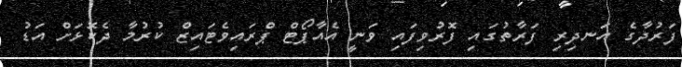
ފަރުދާގެ އަނދިރި ފަރާތުގައި ފޮރުވިފައި ވަނީ އެއާޕޯޓް ޕްރައިވެޓައިޒް ކުރުމާ ދެކޮޅަށް އަޑު